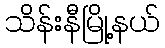
သိန်းနီမြို့နယ်